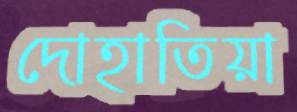
দোহাতিয়া